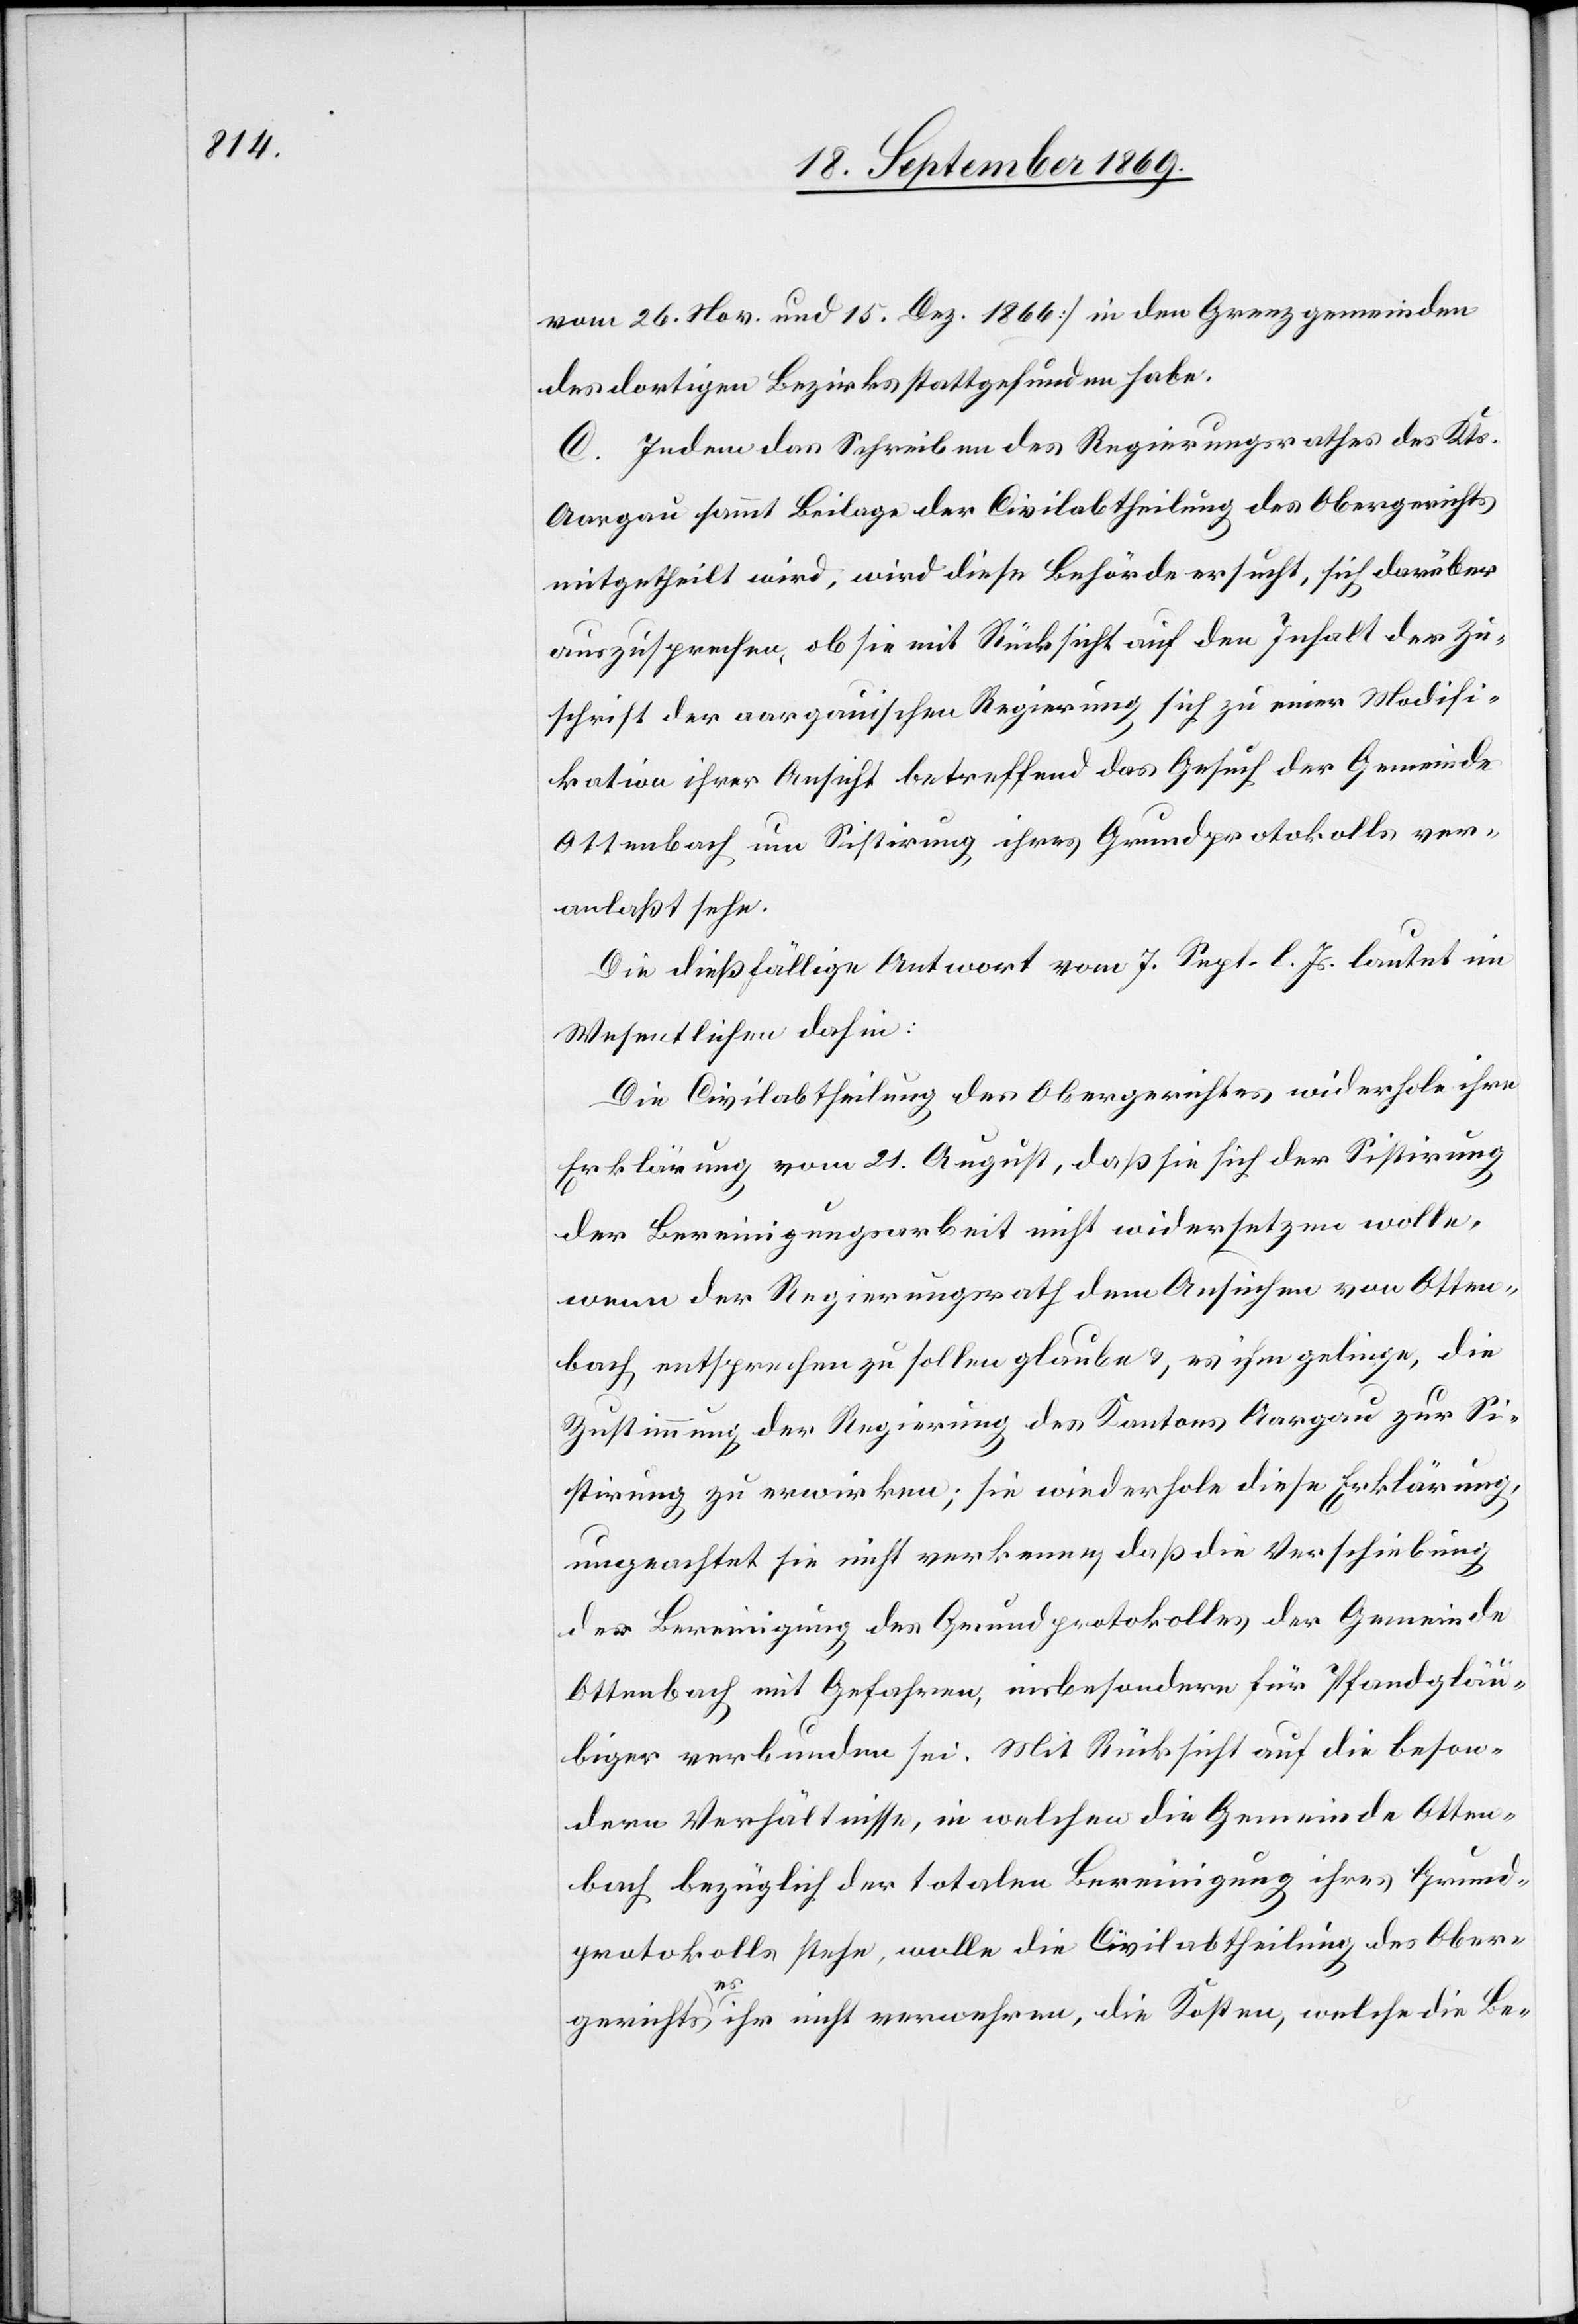
vom 26. Nov. und 15. Dez. 1866] in den Grenzgemeinden
des dortigen Bezirks stattgefunden habe.
C. Indem das Schreiben des Regierungsrathes des Kts.
Aargau sammt Beilage der Civilabtheilung des Obergerichts
mitgetheilt wird, wird diese Behörde ersucht, sich darüber
auszusprechen, ob sie mit Rücksicht auf den Inhalt der Zu¬
schrift der aargauischen Regierung sich zu einer Modifi¬
kation ihrer Ansicht betreffend das Gesuch der Gemeinde
Ottenbach um Sistirung ihres Grundprotokolls ver¬
anlaßt sehe.
Die dießfällige Antwort vom 7. Sept. l. Js lautet im
Wesentlichen dahin:
Die Civilabtheilung des Obergerichtes widerhole ihre
Erklärung vom 21. August, daß sie sich der Sistirung
der Bereinigungsarbeit nicht widersetzen wolle,
wenn der Regierungsrath dem Ansuchen von Otten¬
bach entsprechen zu sollen glaube & es ihm gelinge, die
Zustimmung der Regierung des Kantons Aargau zur Si¬
stirung zu erwirken; sie wiederhole diese Erklärung,
ungeachtet sie nicht verkenne, daß die Verschiebung
der Bereinigung des Grundprotokolles der Gemeinde
Ottenbach mit Gefahren, insbesondere für Pfandgläu¬
biger verbunden sei. Mit Rücksicht auf die beson¬
dern Verhältnisse, in welchen die Gemeinde Otten¬
bach bezüglich der totalen Bereinigung ihres Grund¬
protokolls stehe, wolle die Civilabtheilung des Ober¬
gerichts es ihr nicht verwehren, die Kosten, welche die Be-